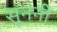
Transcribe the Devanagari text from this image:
सूननी